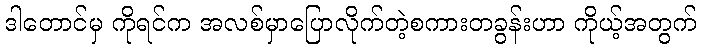
ဒါတောင်မှ ကိုရင်က အလစ်မှာပြောလိုက်တဲ့စကားတခွန်းဟာ ကိုယ့်အတွက်